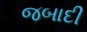
જબાદી